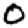
Digit: 0